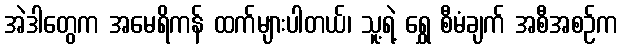
အဲဒါတွေက အမေရိကန် ထက်များပါတယ်၊ သူ့ရဲ့ ရွှေ စီမံချက် အစီအစဉ်က